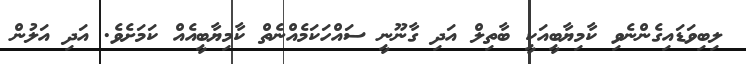
ލިބިވަޑައިގެންނެވި ކާމިޔާބީއަކީ ބާތިލް އަދި ގާނޫނީ ސައްހަކަމެއްނެތް ކާމިޔާބީއެއް ކަމަށެވެ. އަދި އަލުން